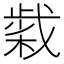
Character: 𢧹